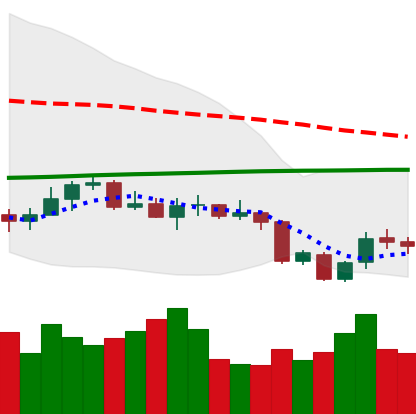
Ticker: XLM-USD
Chart end date: 2020-09-27
Forward return: -3.053%
Label: down_3_5